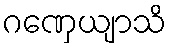
ဂဏှေယျာသိ